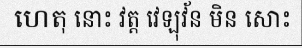
ហេតុ នោះ វត្ត វេឡុវ័ន មិន សោះ